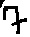
Text: 7